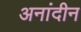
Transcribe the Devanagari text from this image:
अनांदीन